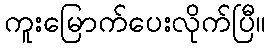
ကူးမြောက်ပေးလိုက်ပြီ။